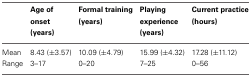
<table><thead><tr><td></td><td><b>Age of onset (years)</b></td><td><b>Formal training (years)</b></td><td><b>Playing experience (years)</b></td><td><b>Current practice (hours)</b></td></tr></thead><tbody><tr><td>Mean</td><td>8.43 (±3.57)</td><td>10.09 (±4.79)</td><td>15.99 (±4.32)</td><td>17.28 (±11.12)</td></tr><tr><td>Range</td><td>3–17</td><td>0–20</td><td>7–25</td><td>0–56</td></tr></tbody></table>